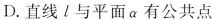
D.直线l与平面a有公共点